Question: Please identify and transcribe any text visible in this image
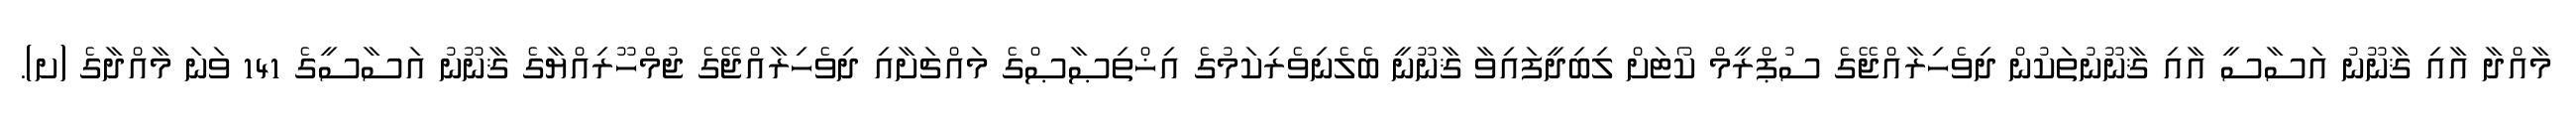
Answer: މާއްދާ އާއި ޤާނޫނު އަސާސީ އާއި ޤާނޫނުތަކުން ދިވެހިރާއްޖޭގެ ސުޕްރީމް ކޯޓަށް ލިބިދީފައިވާ ޤާނޫނީ ބެލެނިވެރިކަމުގެ އިޚްތިޞާޞްގެ މައްޗަށާއި ދިވެހިރާއްޖޭގެ ޖުމްހޫރިއްޔާގެ ޤާނޫނު އަސާސީގެ 141 ވަނަ މާއްދާގެ (ށ).